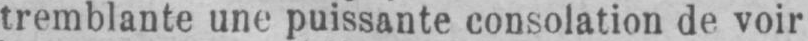
tremblante une puissante consolation de voir